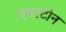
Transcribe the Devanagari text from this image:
एवरटोन